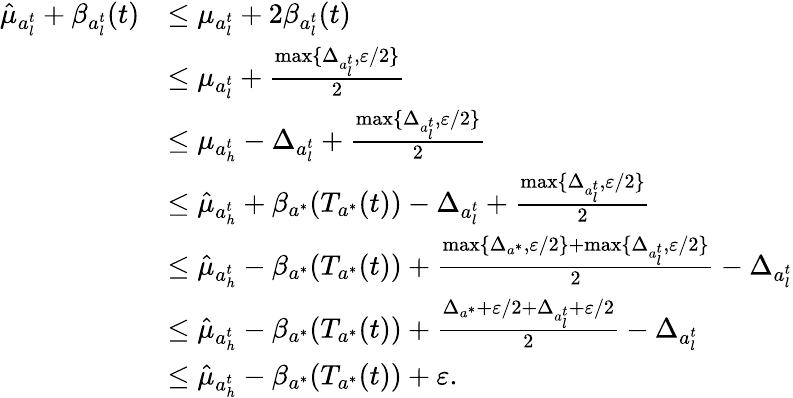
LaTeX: \begin{array}{rl}{\hat{\mu}_{a_{l}^{t}}+\beta_{a_{l}^{t}}(t)}&{\le\mu_{a_{l}^{t}}+2\beta_{a_{l}^{t}}(t)}\\ &{\le\mu_{a_{l}^{t}}+\frac{\operatorname*{max}\{ \Delta_{a_{l}^{t}},\varepsilon/2\} }{2}}\\ &{\le\mu_{a_{h}^{t}}-\Delta_{a_{l}^{t}}+\frac{\operatorname*{max}\{ \Delta_{a_{l}^{t}},\varepsilon/2\} }{2}}\\ &{\le\hat{\mu}_{a_{h}^{t}}+\beta_{a^{*}}(T_{a^{*}}(t))-\Delta_{a_{l}^{t}}+\frac{\operatorname*{max}\{ \Delta_{a_{l}^{t}},\varepsilon/2\} }{2}}\\ &{\le\hat{\mu}_{a_{h}^{t}}-\beta_{a^{*}}(T_{a^{*}}(t))+\frac{\operatorname*{max}\{ \Delta_{a^{*}},\varepsilon/2\} +\operatorname*{max}\{ \Delta_{a_{l}^{t}},\varepsilon/2\} }{2}-\Delta_{a_{l}^{t}}}\\ &{\le\hat{\mu}_{a_{h}^{t}}-\beta_{a^{*}}(T_{a^{*}}(t))+\frac{\Delta_{a^{*}}+\varepsilon/2+\Delta_{a_{l}^{t}}+\varepsilon/2}{2}-\Delta_{a_{l}^{t}}}\\ &{\le\hat{\mu}_{a_{h}^{t}}-\beta_{a^{*}}(T_{a^{*}}(t))+\varepsilon.}\end{array}